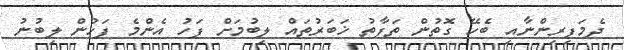
ދެމަފިރިންނާއި ބެހޭ ގޮތުން ތަފާތު ޚަބަރުތައް ލިބުމަށް ފަހު އެންމެ ފަހުން ލިބުނު